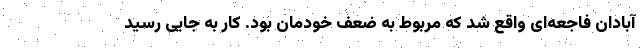
آبادان فاجعه‌ای واقع شد که مربوط به ضعف خودمان بود. کار به جایی رسید